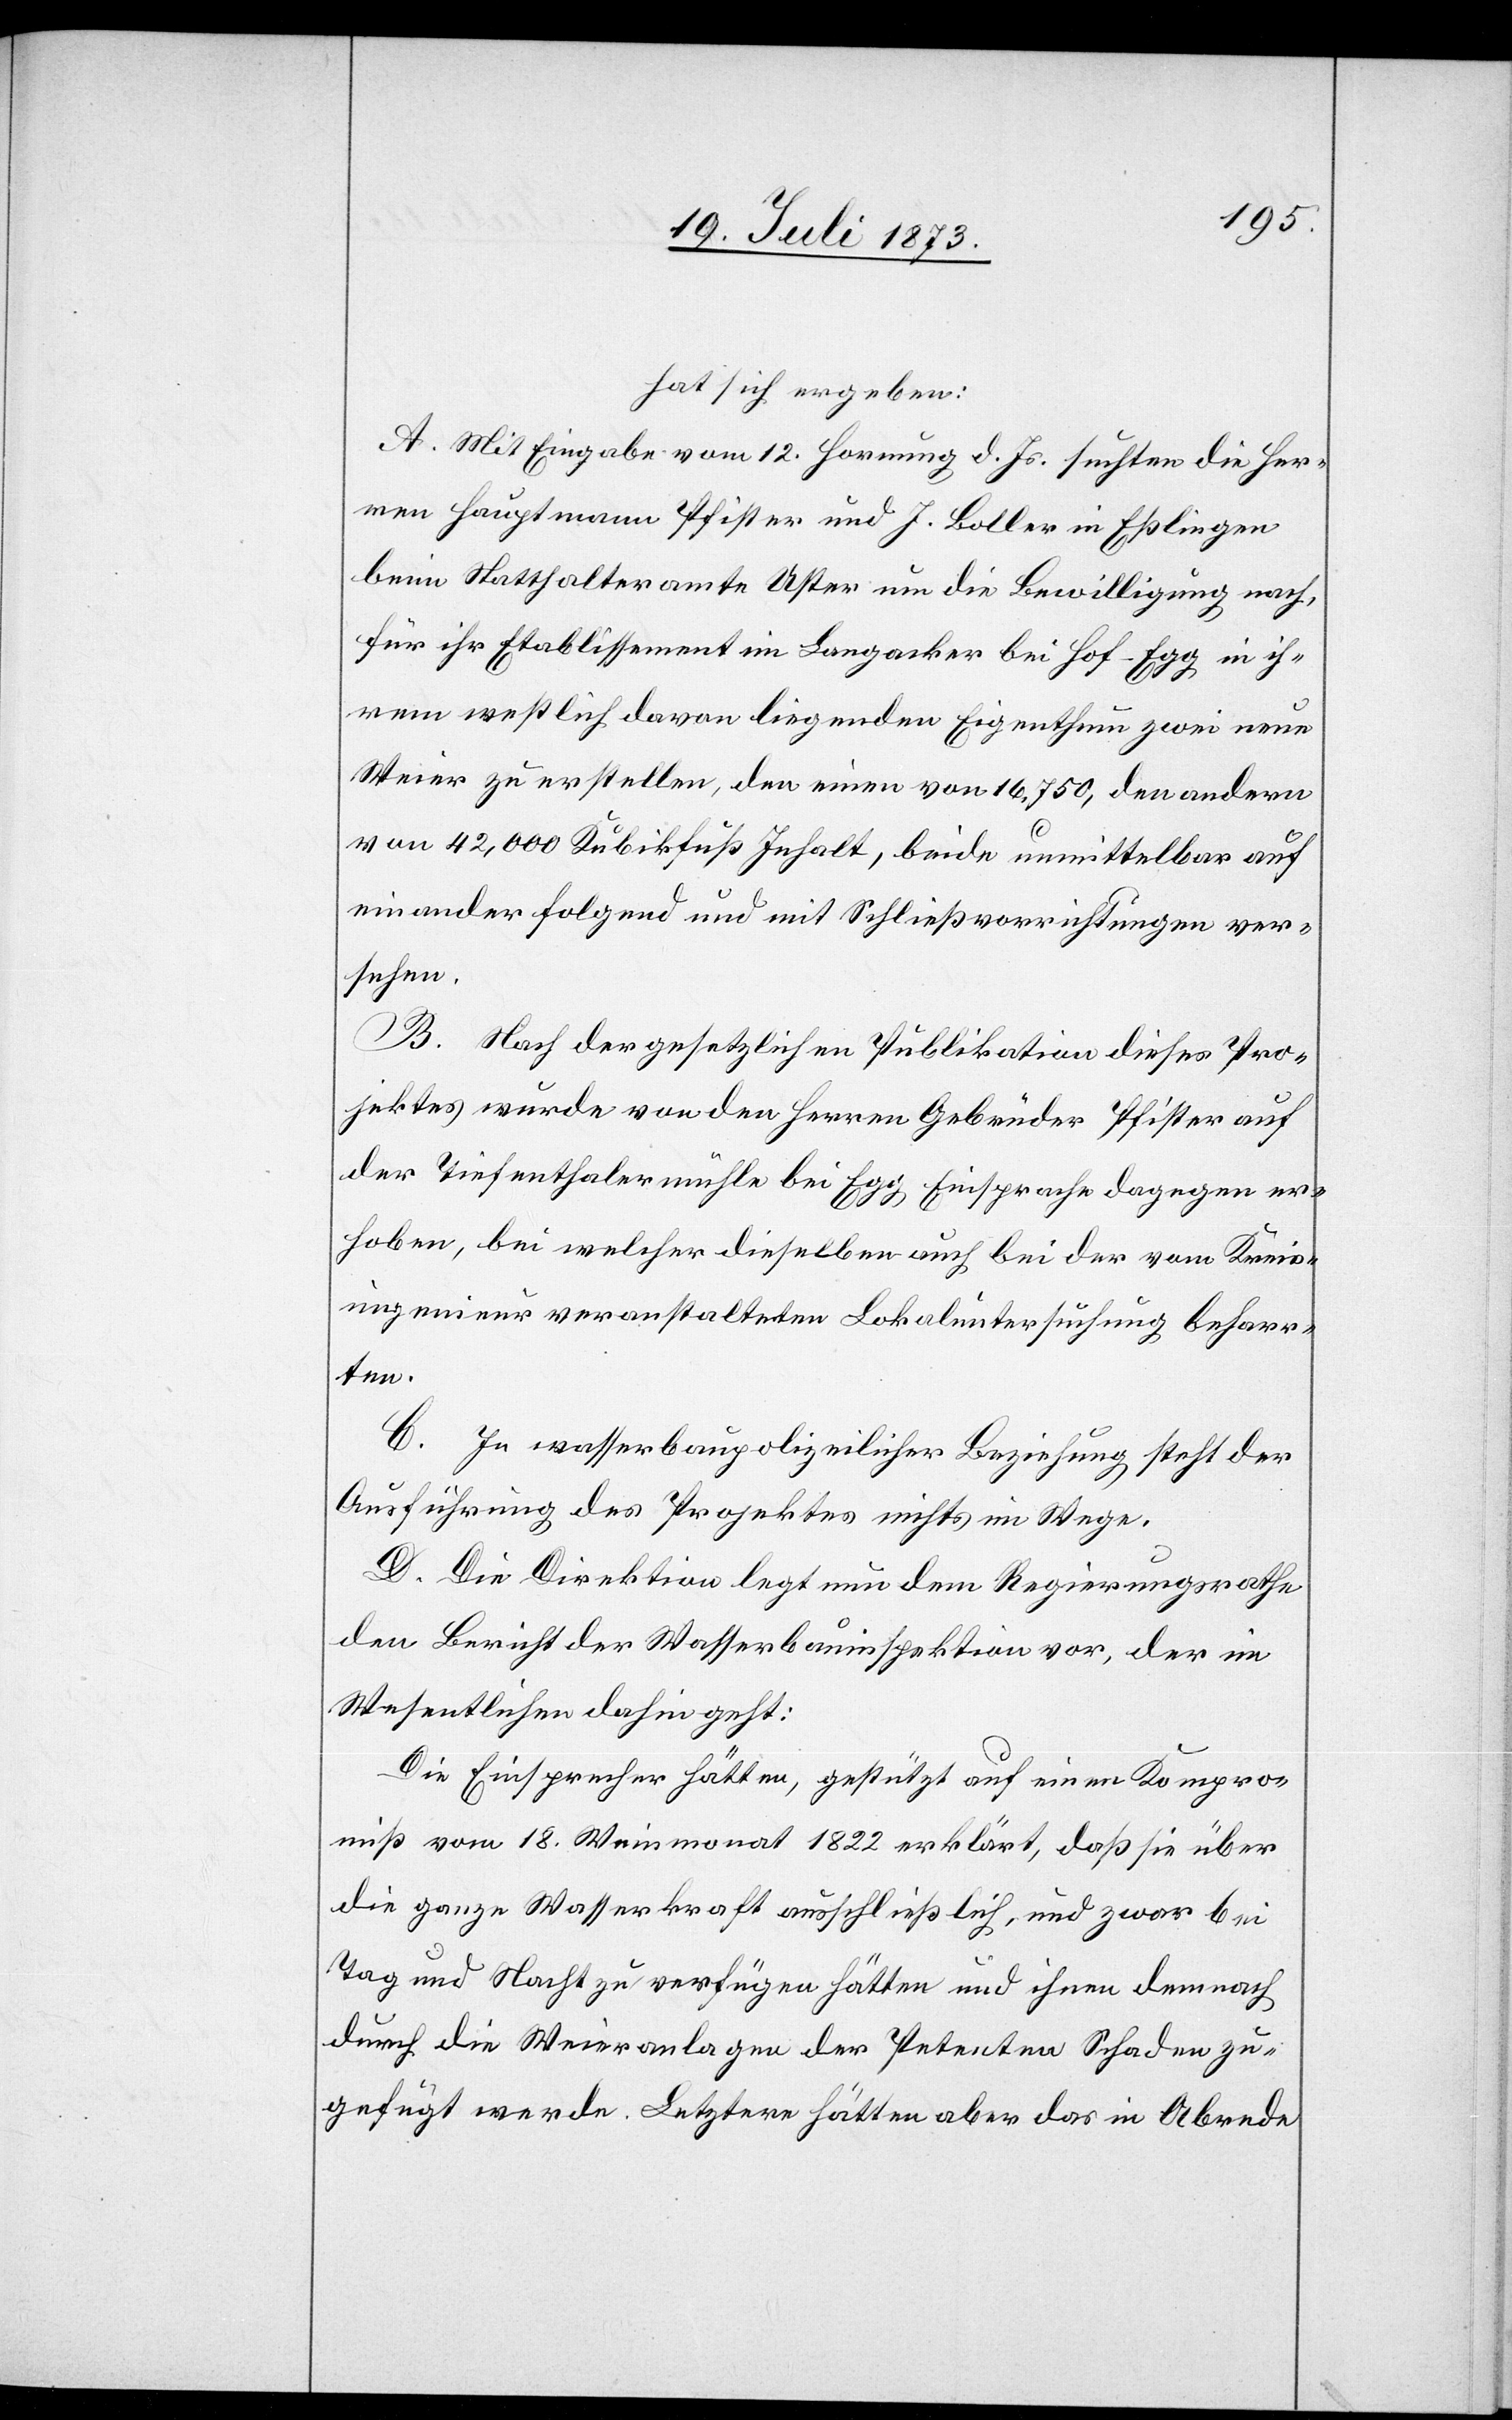
hat sich ergeben:
A. Mit Eingabe vom 12. Hornung d. Js. suchten die Her¬
ren Hauptmann Pfister und J. Boller in Eßlingen
beim Statthalteramte Uster um die Bewilligung nach,
für ihr Etablissement im Langacker bei Hof-Egg in ih¬
rem westlich davon liegenden Eigenthum zwei neue
Weier zu erstellen, den einen von 16,750, den andern
von 42,000 Kubikfuß Inhalt, beide unmittelbar auf
einander folgend und mit Schließvorrichtungen ver¬
sehen.
B. Nach der gesetzlichen Publikation dieses Pro¬
jektes wurde von den Herren Gebrüder Pfister auf
der Tiefenthalermühle bei Egg Einsprache dagegen er¬
hoben, bei welcher dieselben auch bei der vom Kreis¬
ingenieur veranstalteten Lokaluntersuchung beharr¬
ten.
C In wasserbaupolizeilicher Beziehung steht der
Ausführung des Projektes nichts im Wege.
D. Die Direktion legt nun dem Regierungsrathe
den Bericht der Wasserbauinspektion vor, der im
Wesentlichen dahin geht:
Die Einsprecher hätten, gestützt auf einen Kompro¬
miß vom 18. Weinmonat 1822 erklärt, daß sie über
die ganze Wasserkraft ausschließlich, und zwar bei
Tag und Nacht zu verfügen hätten und ihnen demnach
durch die Weieranlagen der Petenten Schaden zu¬
gefügt werde. Letztere hätten aber das in Abrede